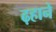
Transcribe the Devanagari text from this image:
ढ़हाने